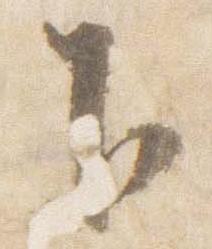
下